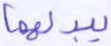
يبدلهما